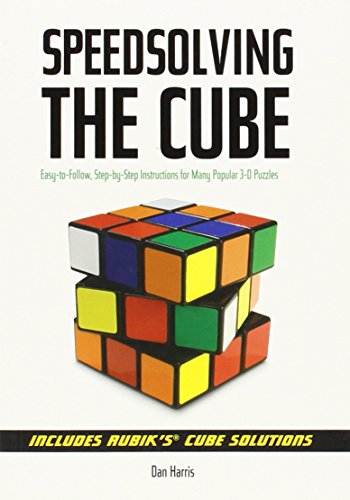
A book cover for Speedsolving the Cube: Easy-to-Follow, Step-by-Step Instructions for Many Popular 3-D Puzzles; Dan Harris; Humor & Entertainment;